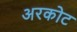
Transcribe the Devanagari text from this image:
अरकोट